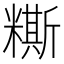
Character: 𥼤